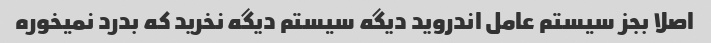
اصلا بجز سیستم عامل اندروید دیگه سیستم دیگه نخرید که بدرد نمیخوره